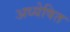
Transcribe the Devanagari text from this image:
अध्येषित